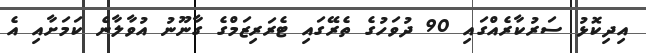
އިދިކޮޅު ސަރުކާރެއްގައި 90 ދުވަހުގެ ތެރޭގައި ޓެރަރިޒަމްގެ ގާނޫނު އުވާލާނެ ކަމަށާއި އެ